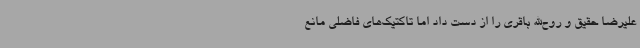
علیرضا حقیق و روح‌الله باقری را از دست داد اما تاکتیک‌های فاضلی مانع